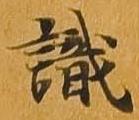
識